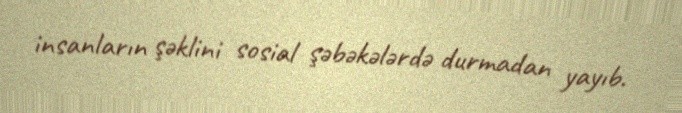
insanların şəklini sosial şəbəkələrdə durmadan yayıb.